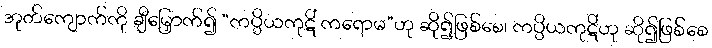
အုတ်ကျောက်ကို ချီမြှောက်၍ “ကပ္ပိယကုဋိံ ကရောမ”ဟု ဆို၍ဖြစ်စေ၊ ကပ္ပိယကုဋိံဟု ဆို၍ဖြစ်စေ